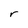
Character: r